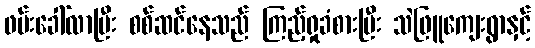
ဖမ်းခေါ်လာပြီး စစ်ဆင်နေသည် ကြည့်ရှုခံစားပြီး သဲဖြူကျေးရွာနှင့်